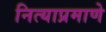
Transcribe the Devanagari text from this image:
नित्याप्रमाणे